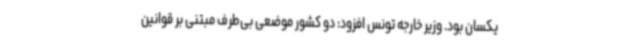
یکسان بود. وزیر خارجه تونس افزود: دو کشور موضعی بی‌طرف مبتنی بر قوانین